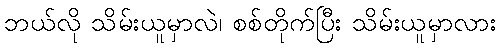
ဘယ်လို သိမ်းယူမှာလဲ၊ စစ်တိုက်ပြီး သိမ်းယူမှာလား